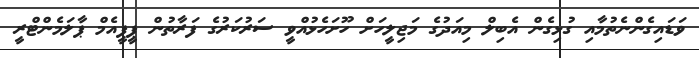
ވަޑައިގެންނެތުމާއި ގުޅިގެން އެބިލް މިއަދުގެ މަޖިލީހަށް ހޫށަހެޅުއްވީ ސަރުކަރުގެ ފަރާތުން ޕީޕީއެމް ޕާލަމެންޓްރީ